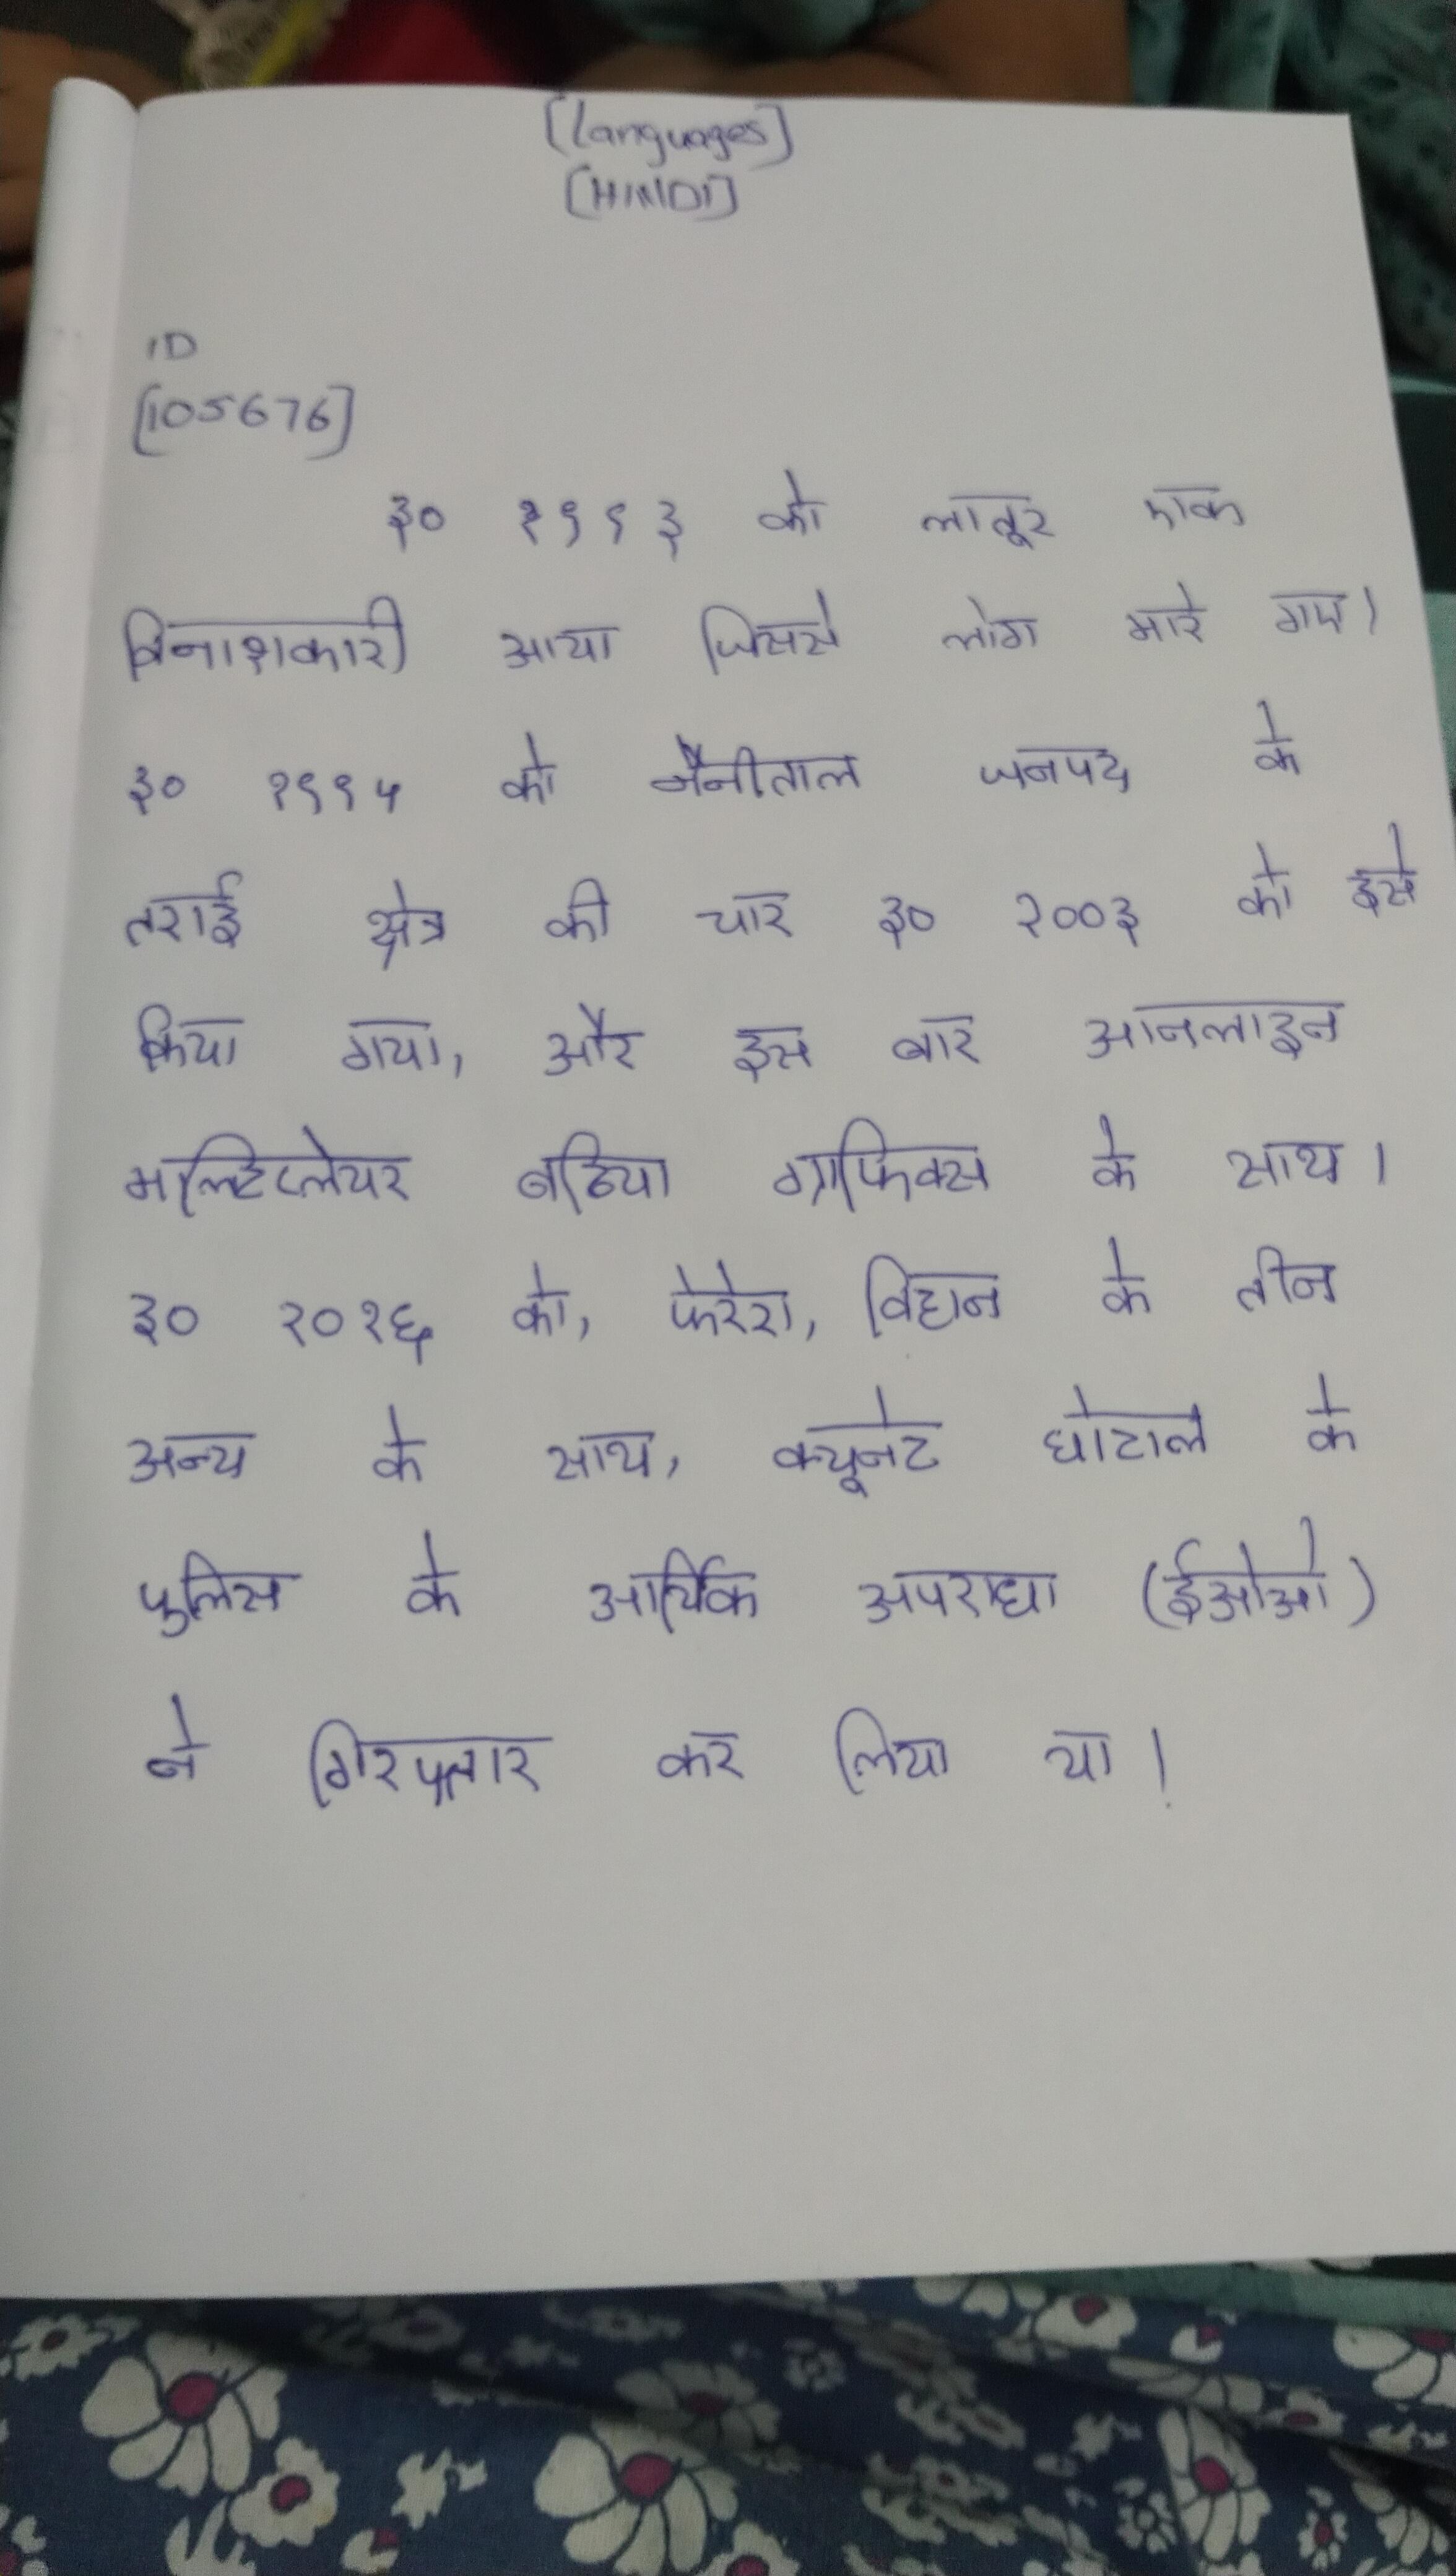
३० १९९३ को लातूर एक विनाशकारी आया जिससे लोग मारे गए । ३० १९९५ को नैनीताल जनपद के तराई क्षेत्र की चार ३० २००३ को इसे किया गया, और इस बार आनलाइन मल्टिप्लेयर बढिया ग्राफिक्स के साथ । ३० २०१६ को, फेरेरा, विहान के तीन अन्य के साथ, क्यूनेट घोटाले के पुलिस के आर्थिक अपराध (ईओओ) ने गिरफ्तार कर लिया था ।